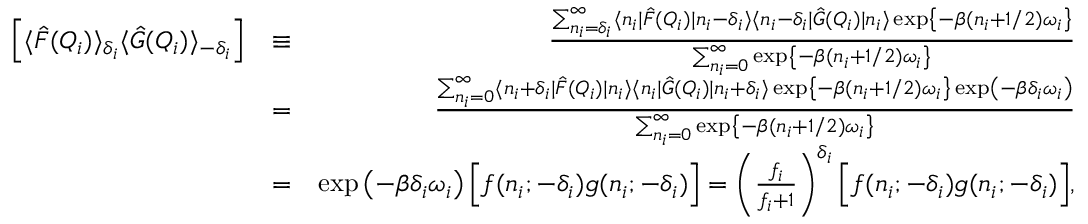
\begin{array} { r l r } { \left[ \langle \hat { F } ( Q _ { i } ) \rangle _ { \delta _ { i } } \langle \hat { G } ( Q _ { i } ) \rangle _ { - \delta _ { i } } \right] } & { \equiv } & { \frac { \sum _ { n _ { i } = \delta _ { i } } ^ { \infty } \langle n _ { i } | \hat { F } ( Q _ { i } ) | n _ { i } - \delta _ { i } \rangle \langle n _ { i } - \delta _ { i } | \hat { G } ( Q _ { i } ) | n _ { i } \rangle \exp \left\{ - \beta ( n _ { i } + 1 / 2 ) \omega _ { i } \right\} } { \sum _ { n _ { i } = 0 } ^ { \infty } \exp \left\{ - \beta ( n _ { i } + 1 / 2 ) \omega _ { i } \right\} } } \\ & { = } & { \frac { \sum _ { n _ { i } = 0 } ^ { \infty } \langle n _ { i } + \delta _ { i } | \hat { F } ( Q _ { i } ) | n _ { i } \rangle \langle n _ { i } | \hat { G } ( Q _ { i } ) | n _ { i } + \delta _ { i } \rangle \exp \left\{ - \beta ( n _ { i } + 1 / 2 ) \omega _ { i } \right\} \exp \left( - \beta \delta _ { i } \omega _ { i } \right) } { \sum _ { n _ { i } = 0 } ^ { \infty } \exp \left\{ - \beta ( n _ { i } + 1 / 2 ) \omega _ { i } \right\} } } \\ & { = } & { \exp \left( - \beta \delta _ { i } \omega _ { i } \right) \Big [ f ( n _ { i } ; - \delta _ { i } ) g ( n _ { i } ; - \delta _ { i } ) \Big ] = \left( \frac { f _ { i } } { f _ { i } + 1 } \right) ^ { \delta _ { i } } \Big [ f ( n _ { i } ; - \delta _ { i } ) g ( n _ { i } ; - \delta _ { i } ) \Big ] , } \end{array}